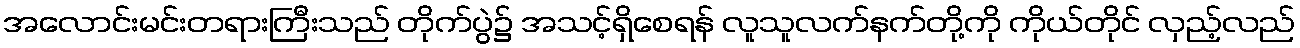
အလောင်းမင်းတရားကြီးသည် တိုက်ပွဲ၌ အသင့်ရှိစေရန် လူသူလက်နက်တို့ကို ကိုယ်တိုင် လှည့်လည်